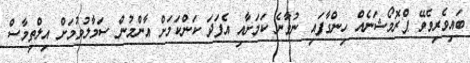
ބައިވެރިވެވޭ ޕްރޮމޯޝަނެއް ހިންގާފައި ނުވާނެ ކަމަށާއި އެފަދަ ކަންކަމަށް އާންމުން ސަމާލުވުމަށް އިލްތިމާސް